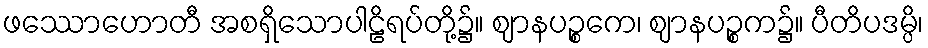
ဖဿောဟောတီ အစရှိသောပါဠိရပ်တို့၌။ ဈာနပဉ္စကေ၊ ဈာနပဉ္စက၌။ ပီတိပဒမ္ပိ၊